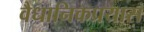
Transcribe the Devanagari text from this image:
वैधानिकप्रयास